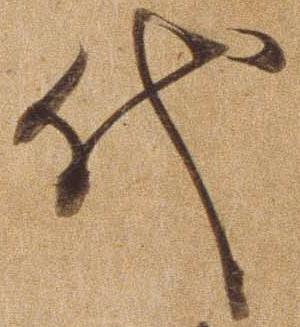
代